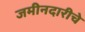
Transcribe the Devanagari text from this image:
जमीनदारीचे